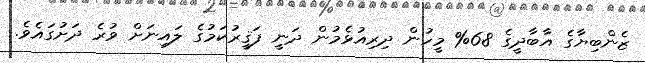
ޒެންބިޔާގެ އާބާދީގެ 68% މީހުން ދިރިއުޅެމުން ދަނީ ފަޤީރުކަމުގެ ލައިނަށް ވުރެ ދަށުގައެވެ.